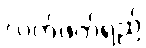
လက်ဖက်ရည်